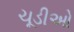
ચૂડીઓ